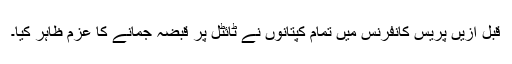
قبل ازیں پریس کانفرنس میں تمام کپتانوں نے ٹائٹل پر قبضہ جمانے کا عزم ظاہر کیا۔